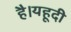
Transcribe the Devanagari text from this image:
है।यहूदी